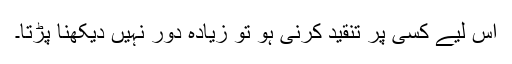
اس لیے کسی پر تنقید کرنی ہو تو زیادہ دور نہیں دیکھنا پڑتا۔